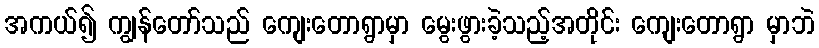
အကယ်၍ ကျွန်တော်သည် ကျေးတောရွာမှာ မွေးဖွားခဲ့သည့်အတိုင်း ကျေးတောရွာ မှာဘဲ